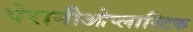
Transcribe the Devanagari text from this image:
पेरानीओप्लास्टिक